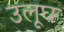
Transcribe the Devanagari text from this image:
उलूघ